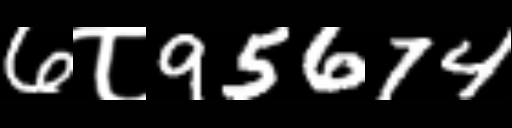
Text: 6८95674